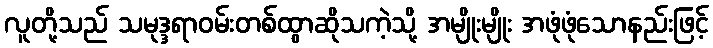
လူတို့သည် သမုဒ္ဒရာဝမ်းတစ်ထွာဆိုသကဲ့သို့ အမျိုးမျိုး အဖုံဖုံသောနည်းဖြင့်